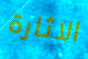
الاثارة